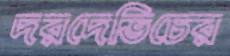
দরদেভিচের